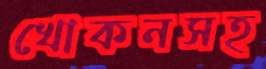
খোকনসহ